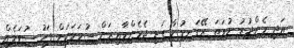
އަދި މެންދުރު ނުވަތަ ރޭގަނޑު ކާ ގަޑި ޖެހެންވާއިރަށް ސުވަލަކަށް ފަހު ސުވަލެއް